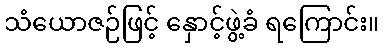
သံယောဇဉ်ဖြင့် နှောင့်ဖွဲ့ခံ ရကြောင်း။